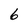
Character: 6